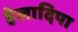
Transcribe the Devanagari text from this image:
हेलादिपा